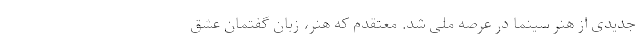
جدیدی از هنر سینما در عرصه ملی شد. معتقدم که هنر، زبان گفتمان عشق